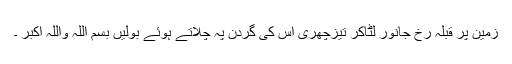
زمین پر قبلہ رخ جانور لٹاکر تیزچھری اس کی گردن پہ چلاتے ہوئے بولیں بسم اللہ واللہ اکبر ۔